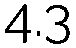
4.3